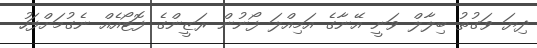
ދިޔަ ވަގުތު ބިލާލް ވަނީ އޭނާގެ އަމިއްލަ ފޯނުން ރަޒީންގެ ފޮޓޯއެއް ނެގުމަށްފަހު